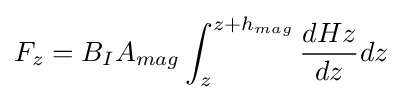
F_{z}=B_{I}A_{mag}\int _{z}^{z+h_{mag}}{\frac {dHz}{dz}}dz